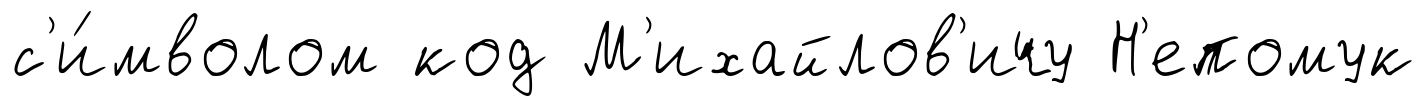
с'и́мволом код М'ихайлов'ичу Н'епомук